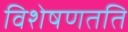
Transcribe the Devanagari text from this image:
विशेषणतति